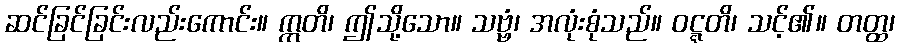
ဆင်ခြင်ခြင်းလည်းကောင်း။ ဣတိ၊ ဤသို့သော။ သဗ္ဗံ၊ အလုံးစုံသည်။ ဝဋ္ဋတိ၊ သင့်၏။ တတ္ထ၊